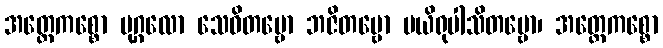
အတ္ထေကစ္စော ပုဂ္ဂလော သေဝိတဗ္ဗော ဘဇိတဗ္ဗော ပယိရုပါသိတဗ္ဗော၊ အတ္ထေကစ္စော